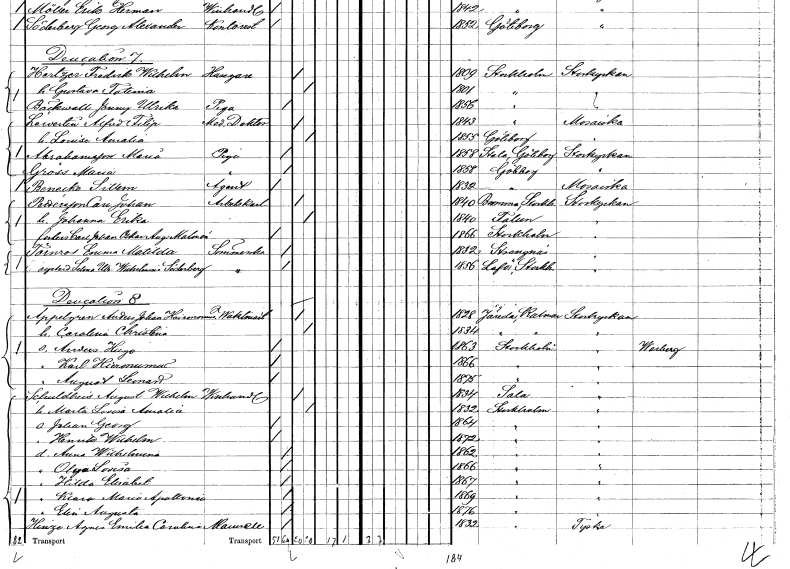
gt_parse: households: individuals: FN: Louise Amalia
KON: K
CIV: G
FODAR: 1855
FODFORS: Göteborg Göteborgs- och Bohuslän
FN: Maria
EN: Abrahamsson
YRKE: Piga
KON: K
CIV: O
FODAR: 1858
FODFORS: Stala Göteborgs- och Bohuslän
FN: Maria
EN: Gröss
YRKE: Piga
KON: K
CIV: O
FODAR: 1858
FODFORS: Göteborg Göteborgs- och Bohuslän
FN: Sillem
EN: Benecke
YRKE: Agent
KON: M
CIV: O
FODAR: 1832
FODFORS: Göteborg Göteborgs- och Bohuslän
FN: Carl Johan
EN: Pettersson
YRKE: Arbetskarl
KON: M
CIV: G
FODAR: 1840
FODFORS: Bromma Stockholms län
FN: Johanna Erika
KON: K
CIV: G
FODAR: 1840
FODFORS: Falun Kopparbergs län
FN: Carl Johan Oskar August
EN: Malmér
KON: M
CIV: O
FODAR: 1866
FODFORS: Stockholm
FN: Emma Matilda
EN: Törner
YRKE: Sömmerska
KON: K
CIV: O
FODAR: 1832
FODFORS: Strängnäs Södermanlands län
FN: Ulrika Wilhelmina
EN: Söderberg
YRKE: Sömmerska
KON: K
CIV: O
FODAR: 1856
FODFORS: Lovö Stockholms län
FN: Anders Johan Hieronomus
EN: Appelgren
YRKE: Vaktmästare
KON: M
CIV: G
FODAR: 1828
FODFORS: Järeda Kalmar län
FN: Carolina Christina
KON: K
CIV: G
FODAR: 1834
FODFORS: Järeda Kalmar län
FN: Anders Hugo
KON: M
CIV: O
FODAR: 1863
FODFORS: Stockholm
FN: Karl Hieronumus
KON: M
CIV: O
FODAR: 1866
FODFORS: Stockholm
FN: August Leonard
KON: M
CIV: O
FODAR: 1875
FODFORS: Stockholm
FN: August Wilhelm
EN: Schuldheis
YRKE: Vinhandlare
KON: M
CIV: G
FODAR: 1834
FODFORS: Sala Västmanlands län
FN: Marta Lovisa Amalia
KON: K
CIV: G
FODAR: 1832
FODFORS: Stockholm
FN: Johan Georg
KON: M
CIV: O
FODAR: 1864
FODFORS: Stockholm
FN: Henrik Wilhelm
KON: M
CIV: O
FODAR: 1872
FODFORS: Stockholm
FN: Anna Wilhelmina
KON: K
CIV: O
FODAR: 1862
FODFORS: Stockholm
FN: Olga Lovisa
KON: K
CIV: O
FODAR: 1866
FODFORS: Stockholm
FN: Hilda Elisabet
KON: K
CIV: O
FODAR: 1867
FODFORS: Stockholm
FN: Klara Maria Apollonia
KON: K
CIV: O
FODAR: 1869
FODFORS: Stockholm
FN: Elin Augusta
KON: K
CIV: O
FODAR: 1876
FODFORS: Stockholm
FN: Agnes Emilia Carolina
EN: Heinze
KON: K
CIV: O
FODAR: 1832
FODFORS: Stockholm